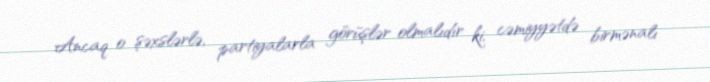
Ancaq o şəxslərlə, partiyalarla görüşlər olmalıdır ki, cəmiyyətdə birmənalı